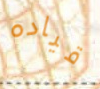
قياده